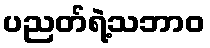
ပညတ်ရဲ့သဘာဝ